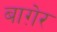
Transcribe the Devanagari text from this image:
बाग़ेर